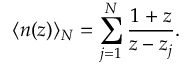
\langle n ( z ) \rangle _ { N } = \sum _ { j = 1 } ^ { N } \frac { 1 + z } { z - z _ { j } } .